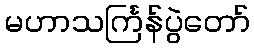
မဟာသင်္ကြန်ပွဲတော်